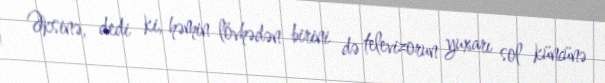
Əksinə, dedi ki, həmin lövhədən birini də televizorun yuxarı sol küncünə